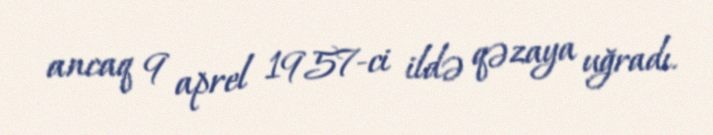
ancaq 9 aprel 1957-ci ildə qəzaya uğradı.